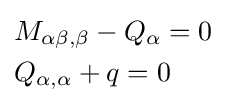
{\begin{aligned}&M_{\alpha \beta ,\beta }-Q_{\alpha }=0\\&Q_{\alpha ,\alpha }+q=0\end{aligned}}